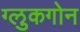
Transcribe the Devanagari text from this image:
ग्लुकगोन